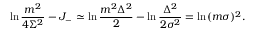
\ln \frac { m ^ { 2 } } { 4 \Sigma ^ { 2 } } - J _ { - } \simeq \ln \frac { m ^ { 2 } \Delta ^ { 2 } } { 2 } - \ln \frac { \Delta ^ { 2 } } { 2 \sigma ^ { 2 } } = \ln ( m \sigma ) ^ { 2 } .